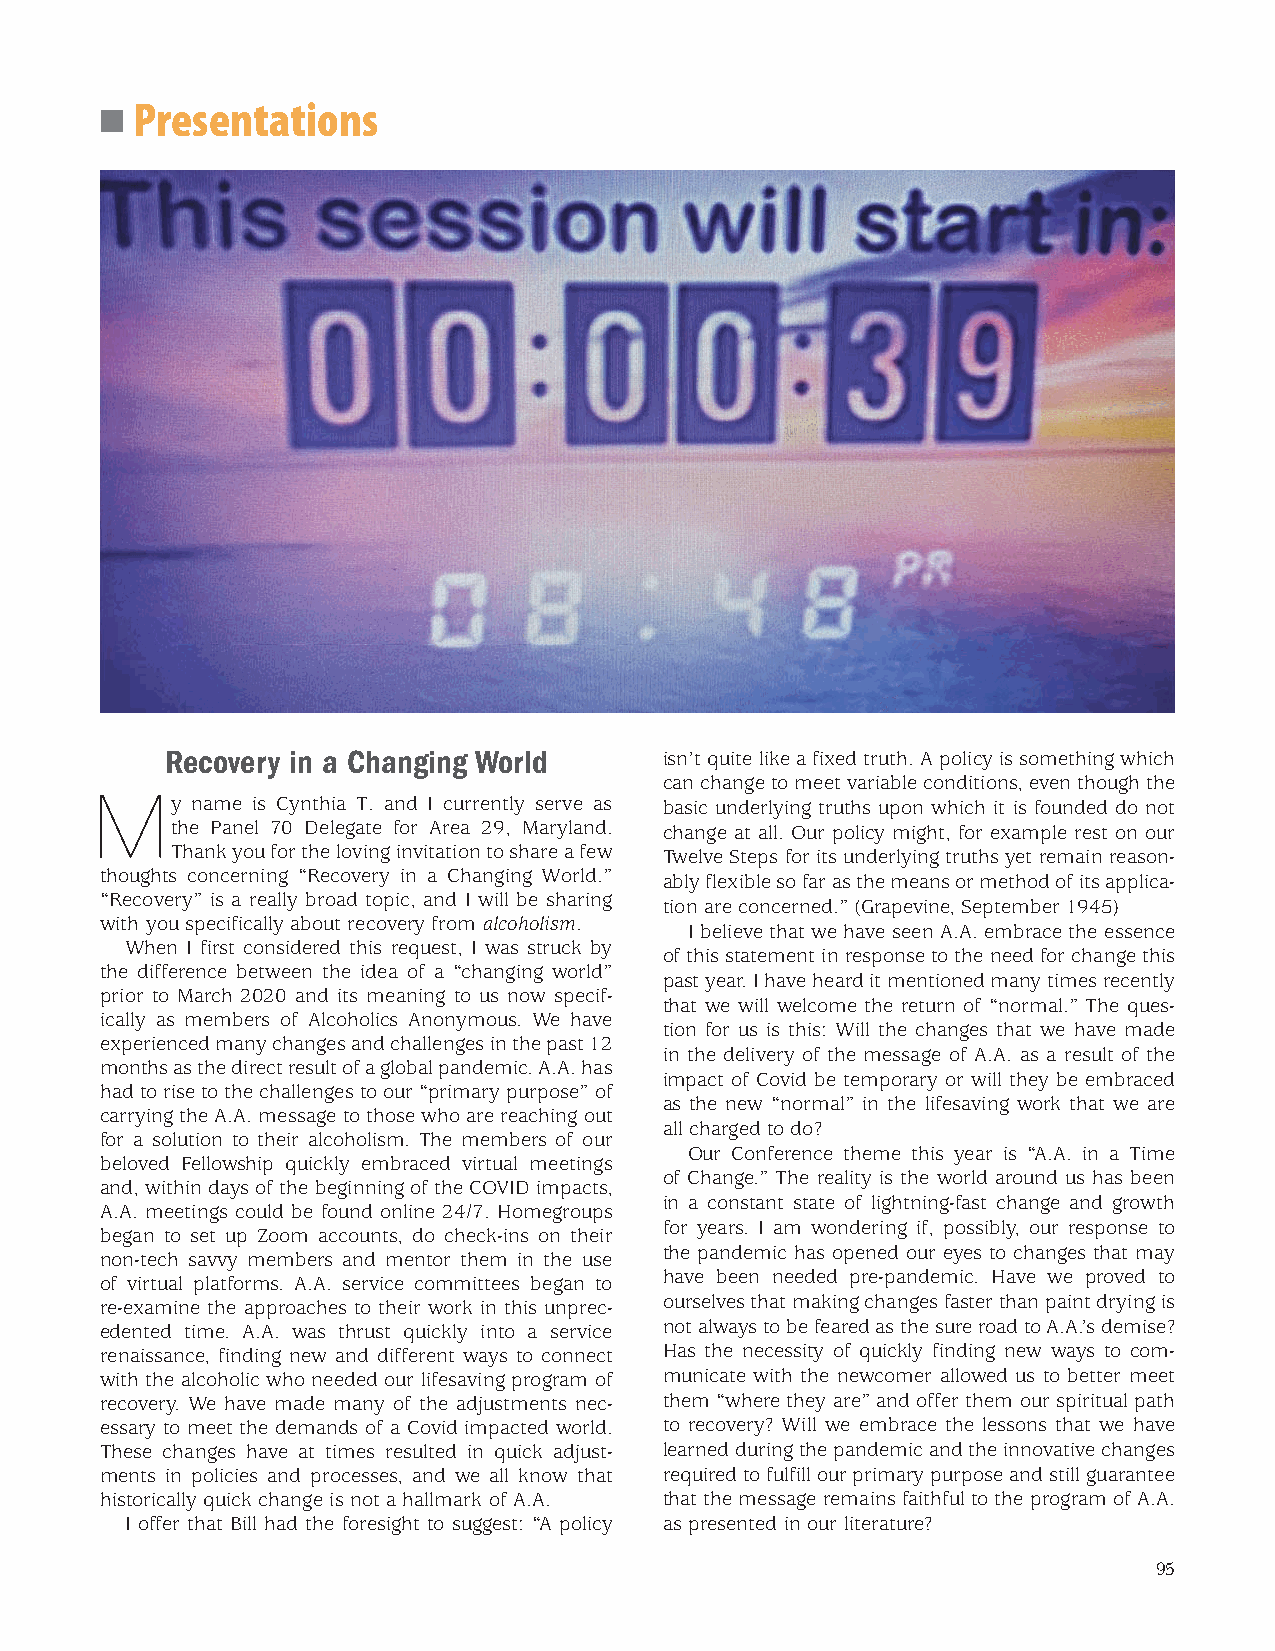
Presentations
 ■
 Recovery in a Changing World     isn’t quite like a fixed truth. A policy is something which
 can change to meet variable conditions, even though the
 My     name is Cynthia T. and I currently serve as basic underlying truths upon which it is founded do not
 the Panel 70 Delegate for Area 29, Maryland. change at all. Our policy might, for example rest on our
 Thank you for the loving invitation to share a few Twelve Steps for its underlying truths yet remain reason-
 thoughts concerning “Recovery in a Changing World.”
 ably flexible so far as the means or method of its applica-
 “Recovery” is a really broad topic, and I will be sharing
 tion are concerned.” (Grapevine, September 1945)
 with you specifically about recovery from alcoholism.
 I believe that we have seen A.A. embrace the essence
 When I first considered this request, I was struck by
 of this statement in response to the need for change this
 the difference between the idea of a “changing world”
 past year. I have heard it mentioned many times recently
 prior to March 2020 and its meaning to us now specif-
 that we will welcome the return of “normal.” The ques-
 ically as members of Alcoholics Anonymous. We have
 tion for us is this: Will the changes that we have made
 experienced many changes and challenges in the past 12
 in the delivery of the message of A.A. as a result of the
 months as the direct result of a global pandemic. A.A. has
 impact of Covid be temporary or will they be embraced
 had to rise to the challenges to our “primary purpose” of
 as the new “normal” in the lifesaving work that we are
 carrying the A.A. message to those who are reaching out
 all charged to do?
 for a solution to their alcoholism. The members of our
 Our Conference theme this year is “A.A. in a Time
 beloved Fellowship quickly embraced virtual meetings
 of Change.” The reality is the world around us has been
 and, within days of the beginning of the COVID impacts,
 in a constant state of lightning-fast change and growth
 A.A. meetings could be found online 24/7. Homegroups
 for years. I am wondering if, possibly, our response to
 began to set up Zoom accounts, do check-ins on their
 the pandemic has opened our eyes to changes that may
 non-tech savvy members and mentor them in the use
 have been needed pre-pandemic. Have we proved to
 of virtual platforms. A.A. service committees began to
 re-examine the approaches to their work in this unprec- ourselves that making changes faster than paint drying is
 edented time. A.A. was thrust quickly into a service not always to be feared as the sure road to A.A.’s demise?
 renaissance, finding new and different ways to connect Has the necessity of quickly finding new ways to com-
 with the alcoholic who needed our lifesaving program of municate with the newcomer allowed us to better meet
 recovery. We have made many of the adjustments nec- them “where they are” and offer them our spiritual path
 essary to meet the demands of a Covid impacted world. to recovery? Will we embrace the lessons that we have
 These changes have at times resulted in quick adjust- learned during the pandemic and the innovative changes
 ments in policies and processes, and we all know that required to fulfill our primary purpose and still guarantee
 historically quick change is not a hallmark of A.A. that the message remains faithful to the program of A.A.
 I offer that Bill had the foresight to suggest: “A policy as presented in our literature?
 95